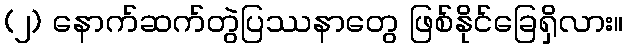
(၂) နောက်ဆက်တွဲပြဿနာတွေ ဖြစ်နိုင်ခြေရှိလား။